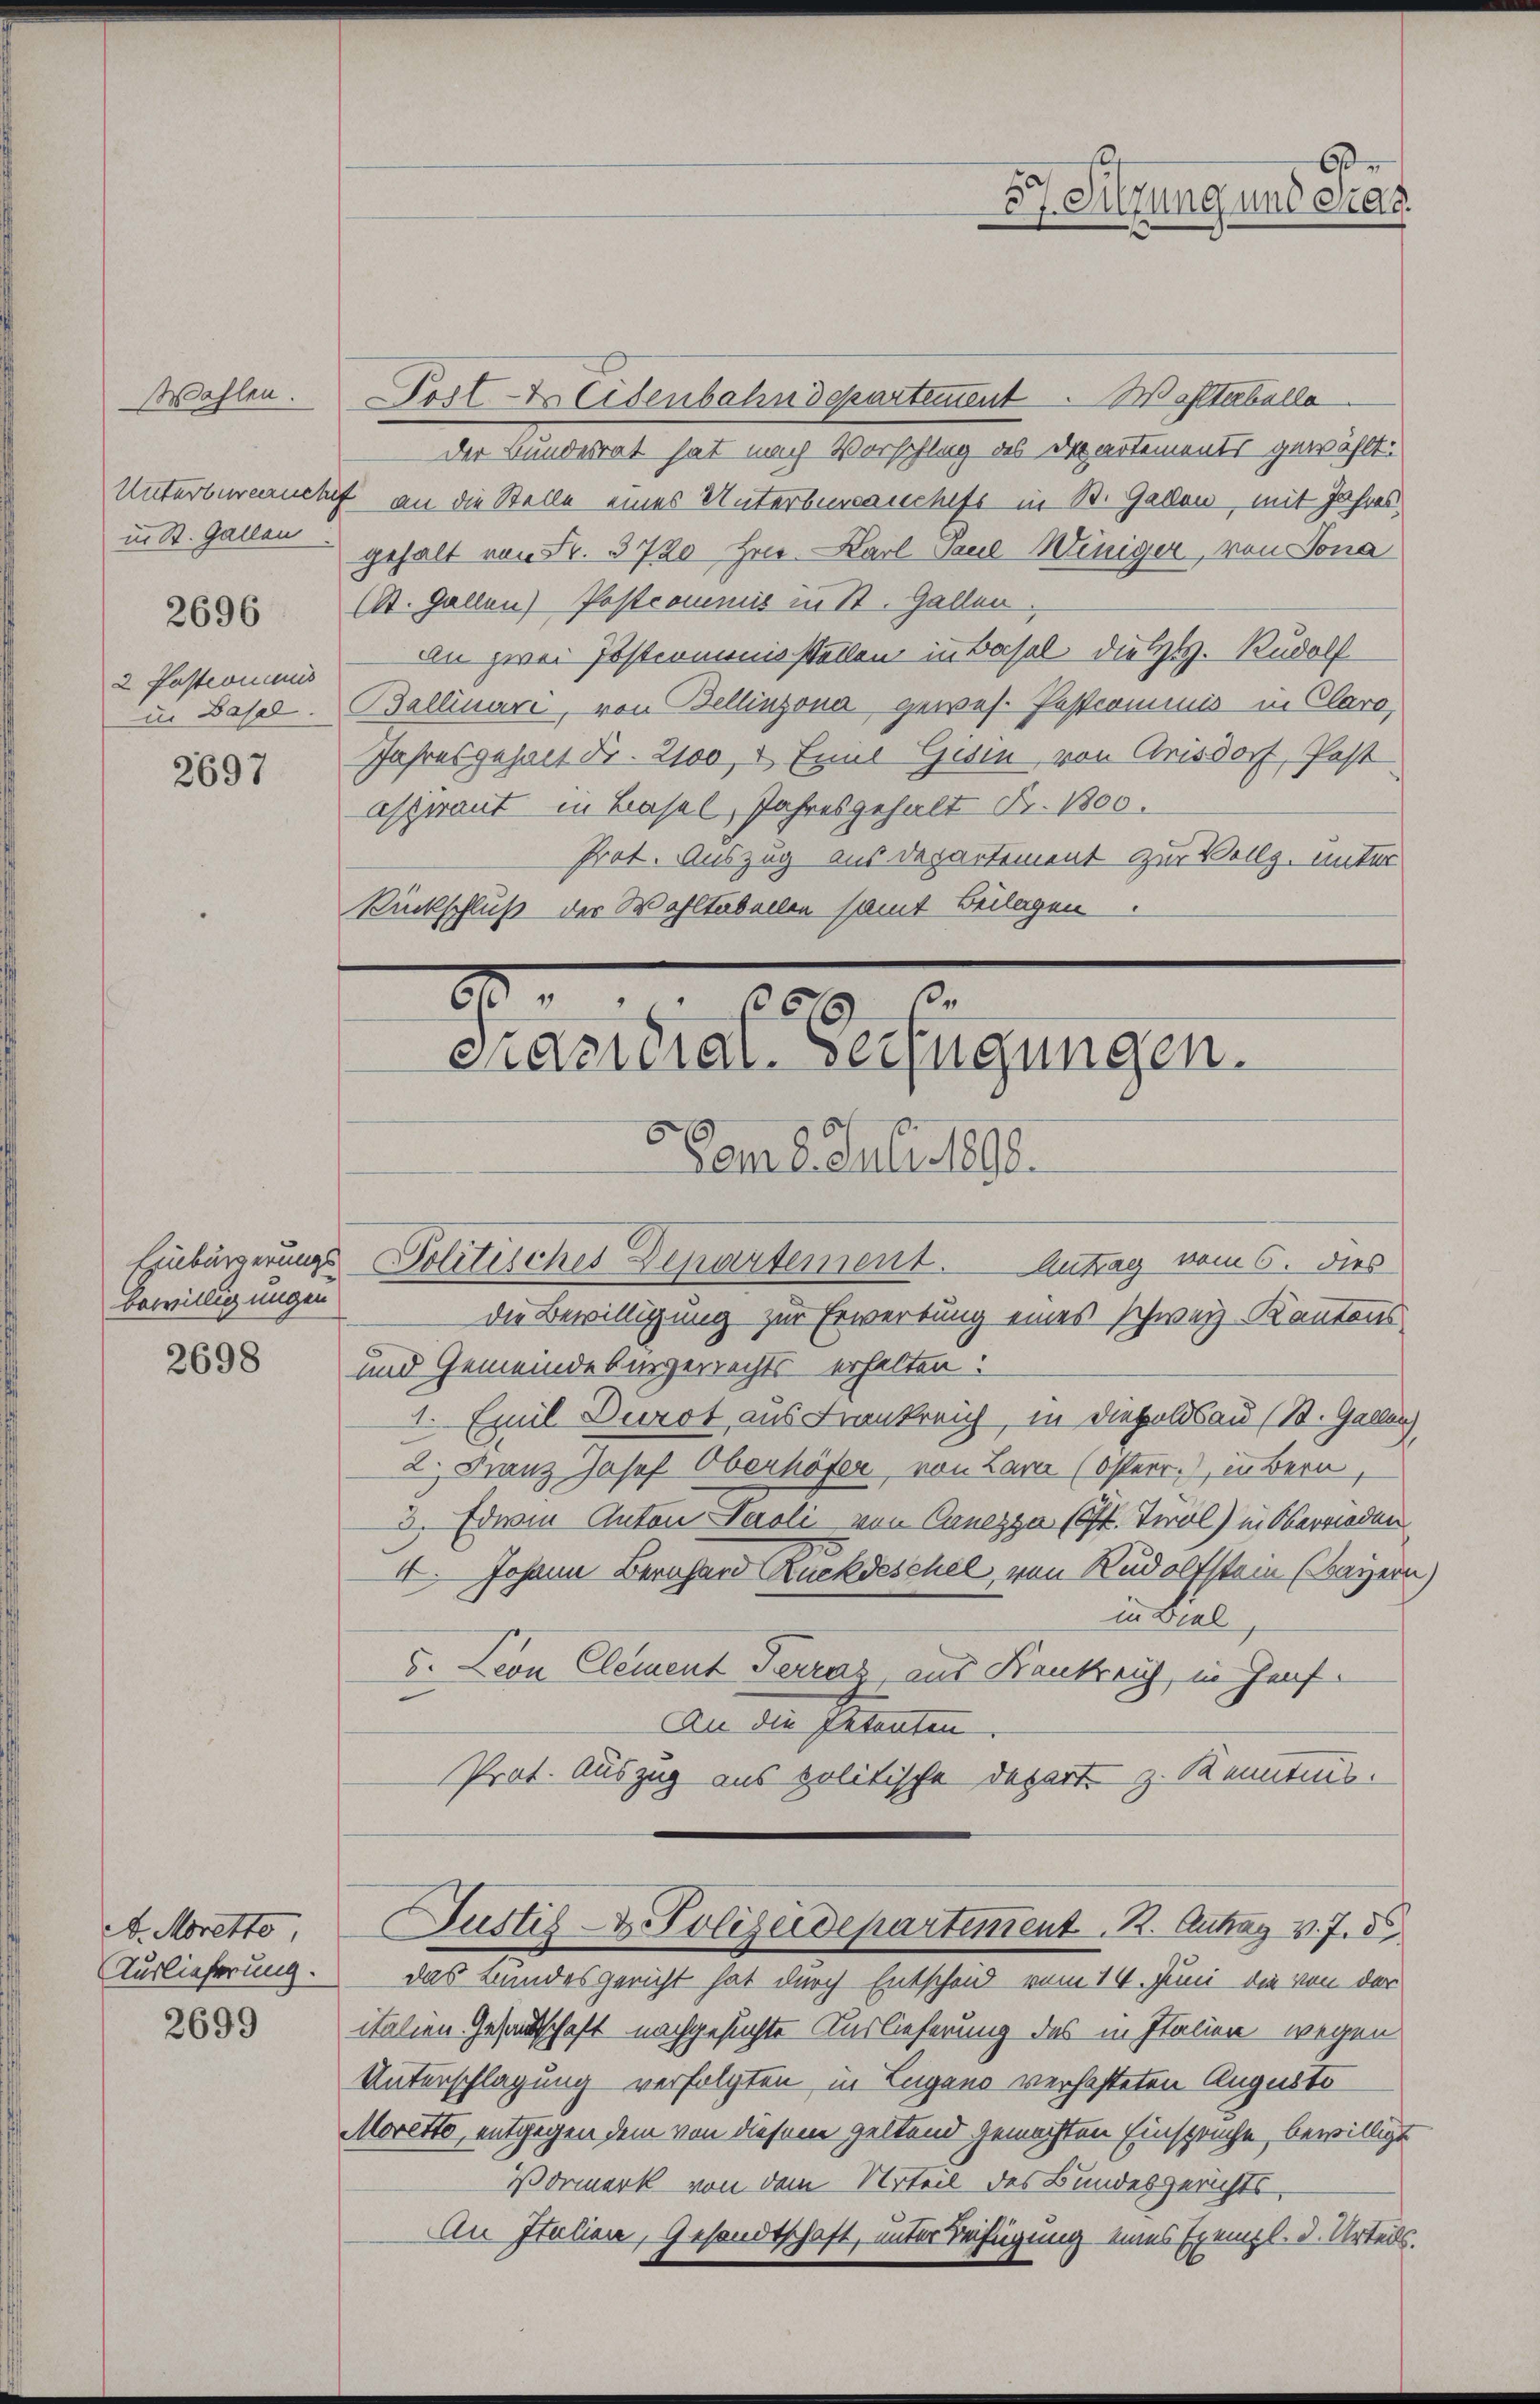
Wahlen

Unterbureauch
in St. Gallen

2696

2 fastromanis
in Basel.

2697

Einbürgerungsbewilligungen

2698

A. Morette
Auslieferung.

2699

Dost ds Eisenbahndepartement. Waltertelle
der Bundesrat hat nach Vorschlag des Departements gewählt:
t an die Stelle eines Unterberantise in St. Gallen, mit Jahresgehalt von Fr. 3720 Jur. Karl Paul Winiger, von Sona
St. Gallen) Postcommis in St. Gallen
an zwei Postromenisstellen in Basel die H. Rudolf
Ballinare, von Bellinzona, gewes. Pestcominis in Clara,
Jahresgehalt Fr. 2100, u. Emil Gisin von Arisdorf, Pest
aspirant in Basel, Jahresgehalt Fr. 100.
Prot. Auszug aus Departement zur Vollz. unter
Rückschluß der Wahltabellen samt Beilagen.

8
651 3.
eramidial-Verfügungen.
C

Dam 8. Juli 1890.
Politisches Departement. Antrag vom 6. dies
die Bewilligung zur Erwerbung eines schweiz. Kantons
und Gemeindebürgerrechts erhalten.
1. Emil Durst aus Frankreich, in diesoldau (St. Gallen.
2. Franz Josef Oberhöfer, von Lara (Osterr. in Bern
3. Edwie Anton Paoli von Canezza (lt. Tirol) in Obernieden
4. Johann Bernhard Rückdeschel, von Rudolfstein (Bayer
in Biel
5. Leon Clement Terraz, aus Krankreich, in Hanf¬
An die Petenten
Prot. Auszug aus politische Depart z. Kenntnis.
Justiz- & Polizeidepartement 1. Antrag v. J. d
das Bundesgericht hat durch Entscheid vom 14. Juni die von der
italien Gesandtschaft nachgesuchte Auslieferung des in Italien wegen
Unterschlagung verfolgten in Lugano verhafteten Augusto
Moretto, entgegen dem von diesem geltend gemachten Einspruche, bewilligt
Vormerk von dem Urteil des Bundesgerichts-
An Italien, Gesandtschaft, unter Beifügung eines Exempl. d. Urteils.

6
57. Sitzung und Frag